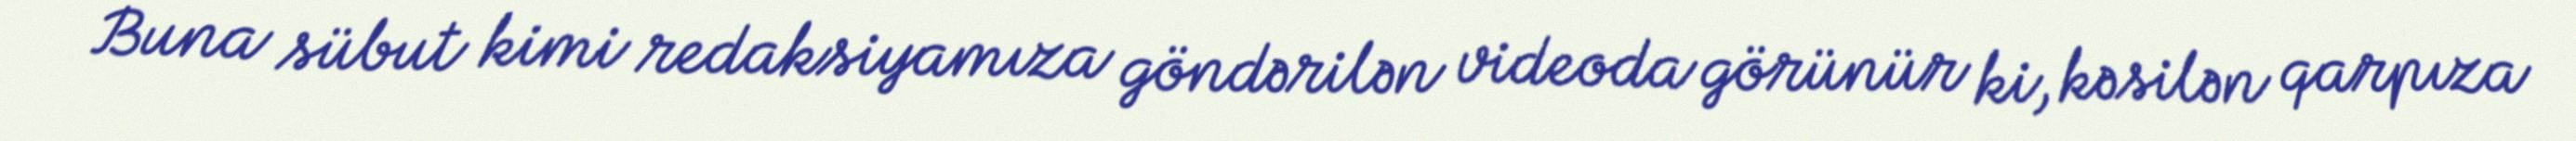
Buna sübut kimi redaksiyamıza göndərilən videoda görünür ki, kəsilən qarpıza